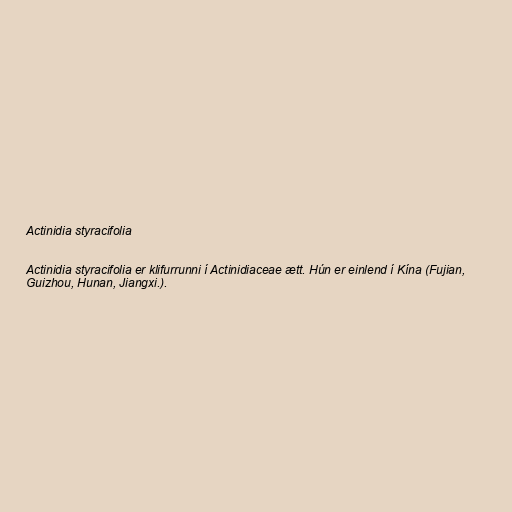
Actinidia styracifolia

Actinidia styracifolia er klifurrunni í Actinidiaceae ætt. Hún er einlend í Kína (Fujian,
Guizhou, Hunan, Jiangxi.).